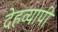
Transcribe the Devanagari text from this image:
देहव्यापी